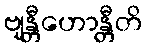
ဗျန္တီဟောန္တီတိ